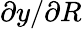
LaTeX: \partial y/\partial R